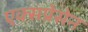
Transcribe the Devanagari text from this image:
एक्सप्रेसेन